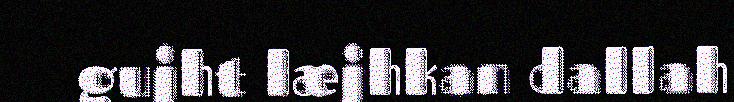
gujht læjhkan dallah